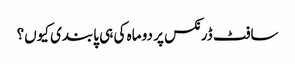
سافٹ ڈرنکس پر دو ماہ کی ہی پابندی کیوں؟